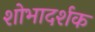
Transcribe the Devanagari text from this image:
शोभादर्शक